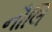
નૌલિ